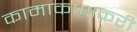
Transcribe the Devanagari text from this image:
कामाकांक्षकरी